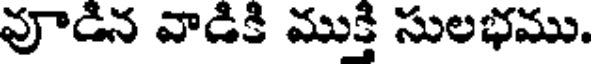
వూడిన వాడికి ముక్తి సులభము.